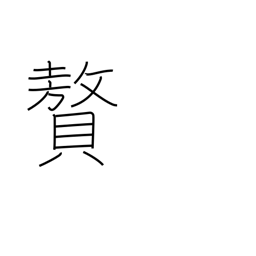
Meaning: luxury